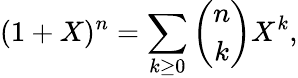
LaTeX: (1+X)^{n}=\sum_{k\geq 0}{\binom{n}{k}}X^{k},